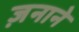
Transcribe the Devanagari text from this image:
ज़नाने